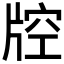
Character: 𤗇